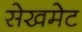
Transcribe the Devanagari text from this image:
सेखमेट